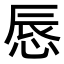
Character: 𢛚